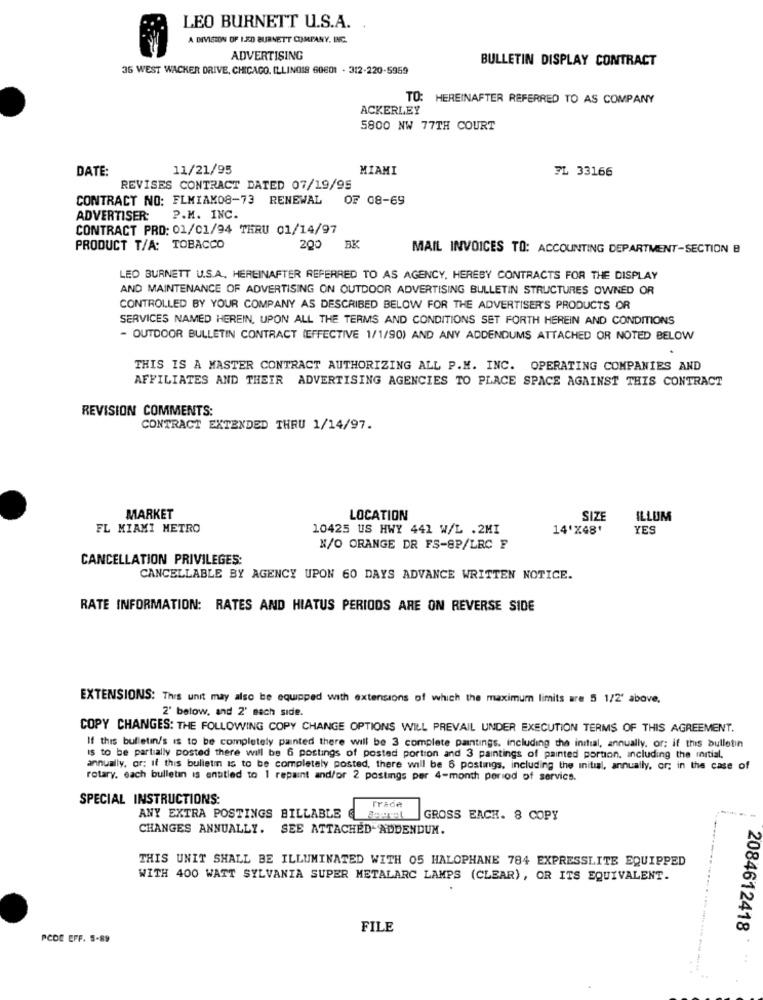
LEO BURNETT U.S.A.
A DIVISION OF LED BURNETT COMPANY, INC.
ADVERTISING
BULLETIN DISPLAY CONTRACT
36 WEST WACKER DRIVE, CHICAGO, ILLINOIS 60601 - 312-220-5959
TO: HEREINAFTER REFERRED TO AS COMPANY
ACKERLEY
5800 NW 77TH COURT
DATE:
11/21/95
MIAMI
TL 33166
REVISES CONTRACT DATED 07/19/95
CONTRACT NO: FLMIAK08-73 RENEWAL
OF 08-69
ADVERTISER: P.M. INC.
CONTRACT PRO: 01/01/94 THRU 01/14/97
PRODUCT T/A: TOBACCO
200
BK
MAIL INVOICES TO: ACCOUNTING DEPARTMENT-SECTION B
LEO BURNETT U.S.A. HEREINAFTER REFERRED TO AS AGENCY, HEREBY CONTRACTS FOR THE DISPLAY
AND MAINTENANCE OF ADVERTISING ON OUTDOOR ADVERTISING BULLETIN STRUCTURES OWNED OR
CONTROLLED BY YOUR COMPANY AS DESCRIBED BELOW FOR THE ADVERTISER'S PRODUCTS OR
SERVICES NAMED HEREIN, UPON ALL THE TERMS AND CONDITIONS SET FORTH HEREIN AND CONDITIONS
- OUTDOOR BULLETIN CONTRACT (EFFECTIVE 1/1/90) AND ANY ADDENDUMS ATTACHED OR NOTED BELOW
THIS IS A MASTER CONTRACT AUTHORIZING ALL P.M. INC. OPERATING COMPANIES AND
AFFILIATES AND THEIR ADVERTISING AGENCIES TO PLACE SPACE AGAINST THIS CONTRACT
REVISION COMMENTS:
CONTRACT EXTENDED THRU 1/14/97.
MARKET
LOCATION
SIZE
ILLUM
FL MIAMI METRO
10425 US HWY 441 W/L .2MI
14'%48'
YES
N/O ORANGE DR FS-8P/LRC F
CANCELLATION PRIVILEGES:
CANCELLABLE BY AGENCY UPON 60 DAYS ADVANCE WRITTEN NOTICE.
RATE INFORMATION: RATES AND HIATUS PERIODS ARE ON REVERSE SIDE
EXTENSIONS: This unit may also be equipped with extensions of which the maximum limits are 5 1/2' above.
2' below, and 2' each side.
COPY CHANGES: THE FOLLOWING COPY CHANGE OPTIONS WILL PREVAIL UNDER EXECUTION TERMS OF THIS AGREEMENT.
If this bulletin/s is to be completely painted there will be 3 complete paintings, including the initial, annually, or; if this bulletin
is to be partially posted there will be 6 postings of posted portion and 3 paintings of painted portion, including the initial.
annually, or; if this bulletin is to be completely posted, there will be 6 postings, including the initial, annually, or; in the case of
rotary, each bulletin is entitled to 1 repaint and/or 2 postings per 4-month period of service.
SPECIAL INSTRUCTIONS:
rrade
ANY EXTRA POSTINGS BILLABLE
GROSS EACH. 8 COPY
CHANGES ANNUALLY.
SEE ATTACHED ADDENDUM.
THIS UNIT SHALL BE ILLUMINATED WITH 05 HALOPHANE 784 EXPRESSLITE EQUIPPED
WITH 400 WATT SYLVANIA SUPER METALARC LAMPS (CLEAR), OR ITS EQUIVALENT.
FILE
2084612418
PCOL EFF. 5-89